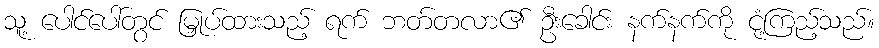
သူ့ ပေါင်ပေါ်တွင် မြှုပ်ထားသည့် ရက် ဘတ်တလာ၏ ဦးခေါင်း နက်နက်ကို ငုံ့ကြည့်သည်။